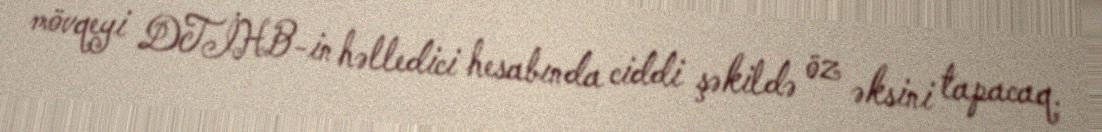
mövqeyi DTİHB-in həlledici hesabında ciddi şəkildə öz əksini tapacaq.